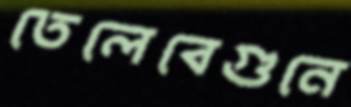
তেলেবেগুনে